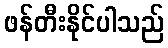
ဖန်တီးနိုင်ပါသည်